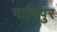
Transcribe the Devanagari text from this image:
गाधिपुर